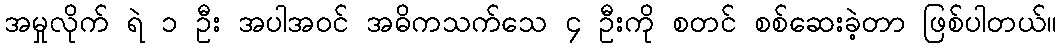
အမှုလိုက် ရဲ ၁ ဦး အပါအဝင် အဓိကသက်သေ ၄ ဦးကို စတင် စစ်ဆေးခဲ့တာ ဖြစ်ပါတယ်။